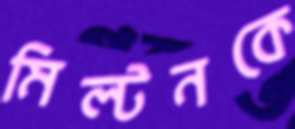
মিল্টনকে